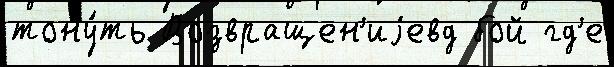
тону́ть Возвращен'иjевд бой гд'е